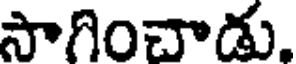
సాగించాడు.